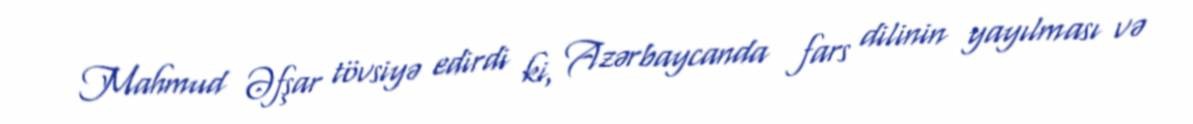
Mahmud Əfşar tövsiyə edirdi ki, Azərbaycanda fars dilinin yayılması və